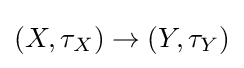
(X,\tau _{X})\rightarrow (Y,\tau _{Y})